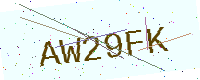
Text: AW29FK